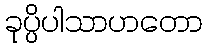
ခုပ္ပိပါသာဟတော